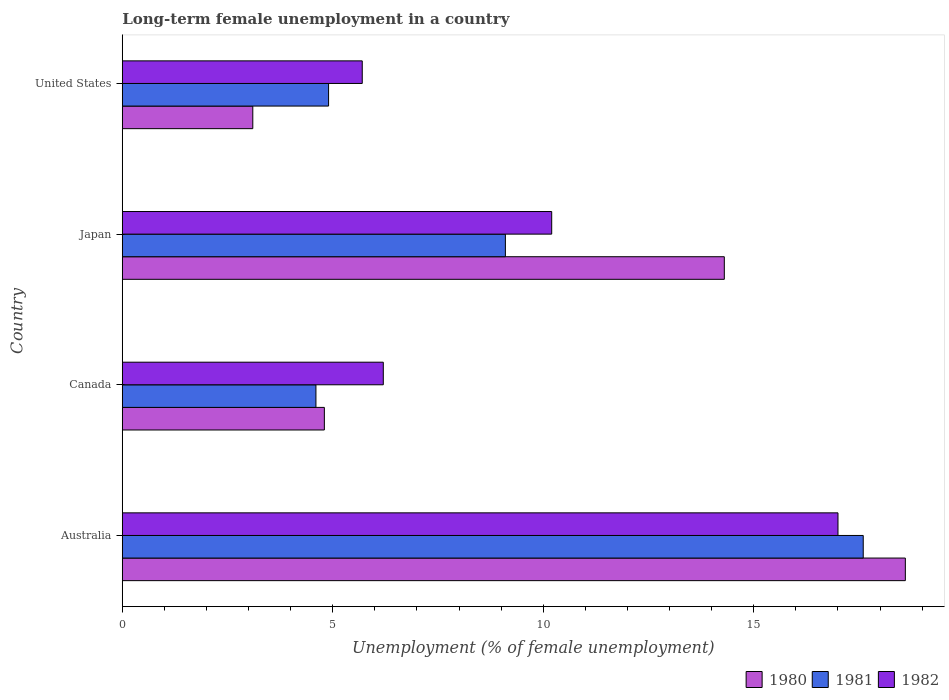
| Country | 1980 | 1981 | 1982 |
 | --- | --- | --- | --- |
 | Australia | 18.6 | 17.6 | 17 |
 | Canada | 4.8 | 4.6 | 6.2 |
 | Japan | 14.3 | 9.1 | 10.2 |
 | United States | 3.1 | 4.9 | 5.7 |